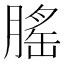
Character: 𦞼